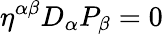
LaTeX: \eta^{\alpha\beta}D_{\alpha}P_{\beta}=0